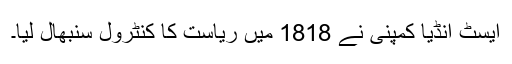
ایسٹ انڈیا کمپنی نے 1818 میں ریاست کا کنٹرول سنبھال لیا۔